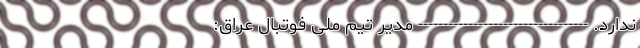
ندارد. ---------------------------------- مدیر تیم ملی فوتبال عراق: